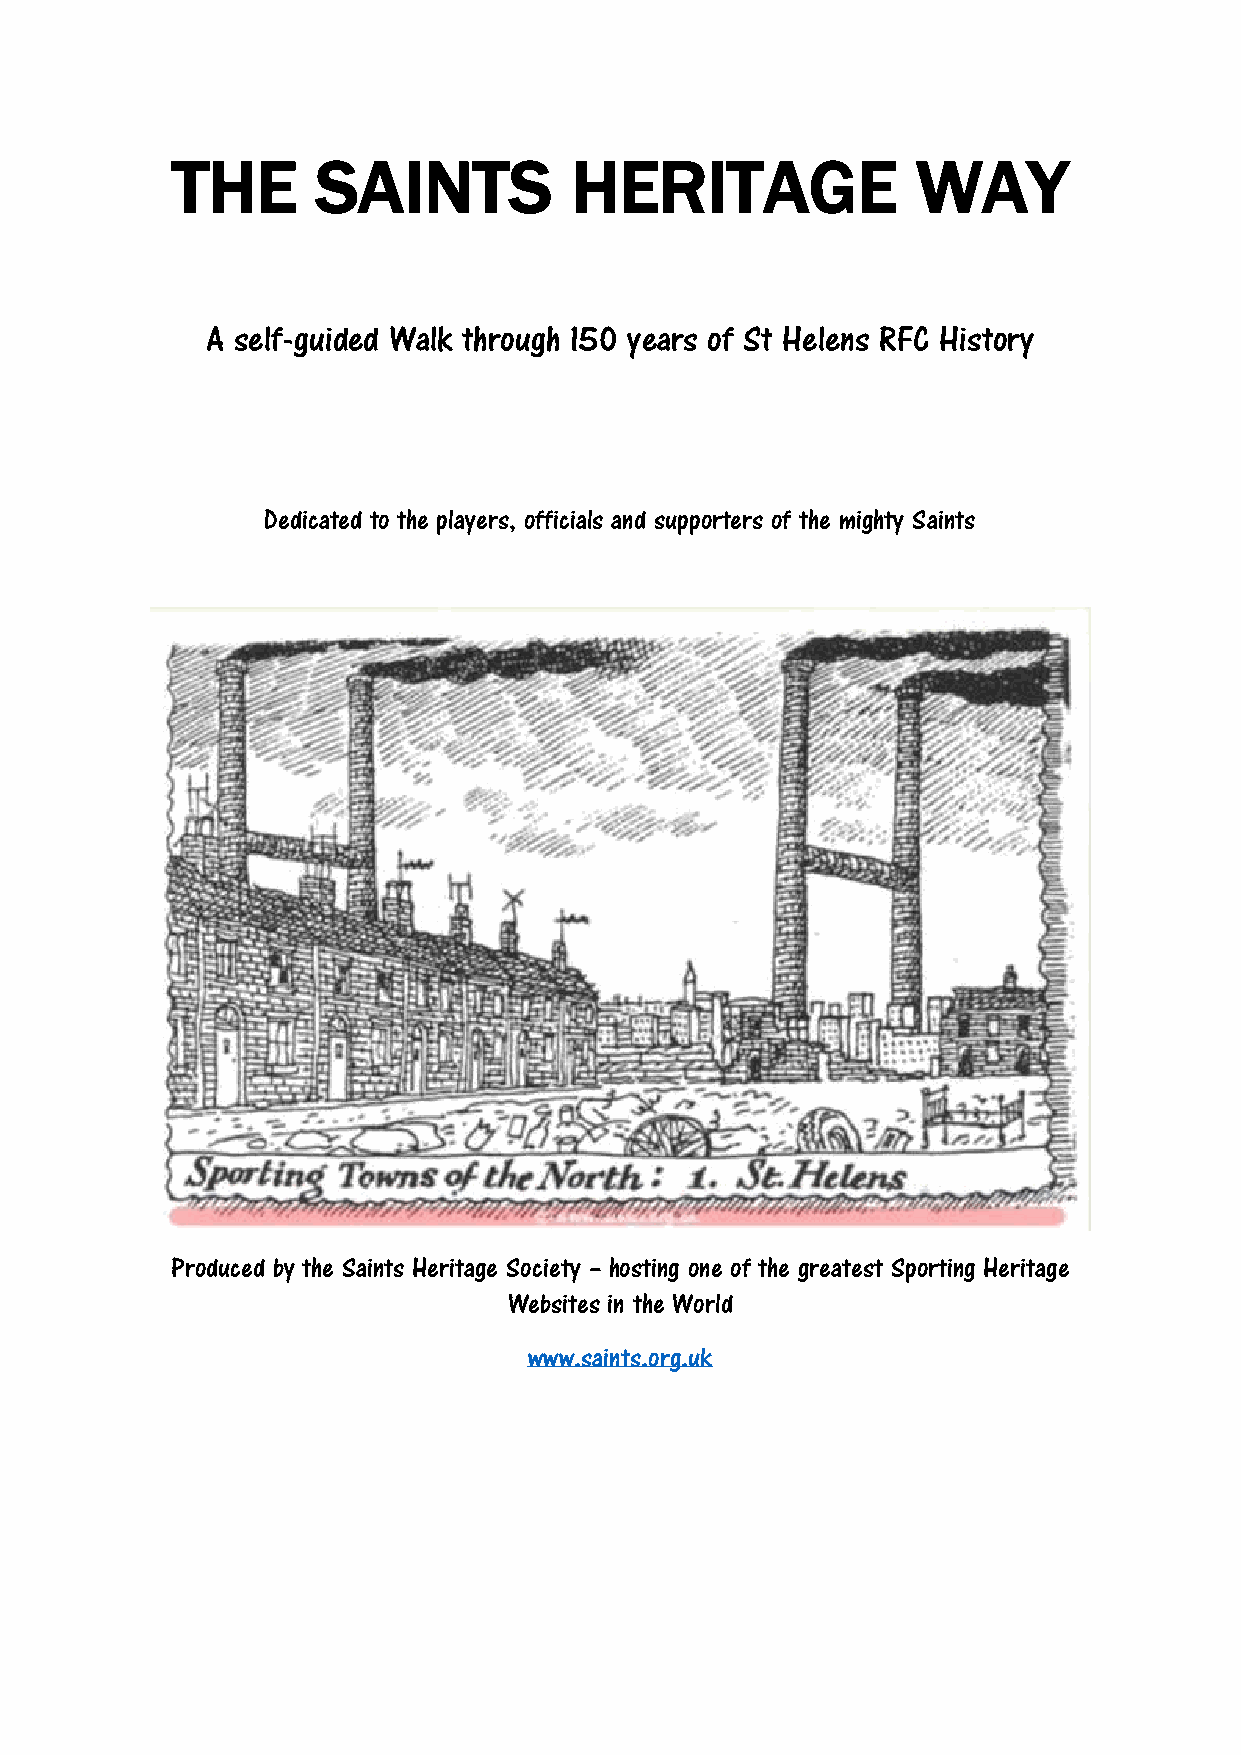
THE       SAINTS           HERITAGE               WAY
 A self-guided Walk through 150 years of St Helens RFC History
 Dedicated to the players, officials and supporters of the mighty Saints
 Produced by the Saints Heritage Society – hosting one of the greatest Sporting Heritage
 Websites in the World
 www.saints.org.uk